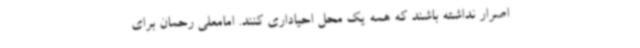
اصرار نداشته باشند که همه یک محل احیاداری کنند. امامعلی رحمان برای